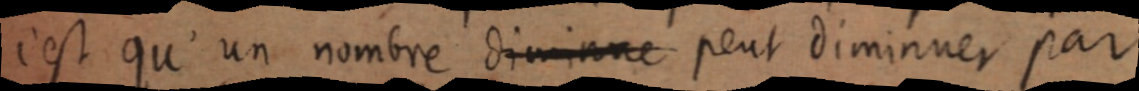
c’est qu’un nombre [diminue] peut diminuer par